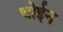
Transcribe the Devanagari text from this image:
धोईन